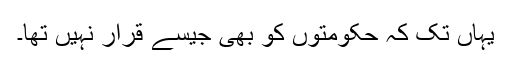
یہاں تک کہ حکومتوں کو بھی جیسے قرار نہیں تھا۔